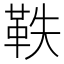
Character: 𮧕